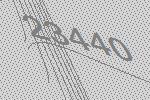
23440